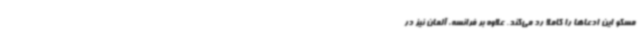
مسکو این ادعاها را کاملا رد می‌کند. علاوه بر فرانسه، آلمان نیز در